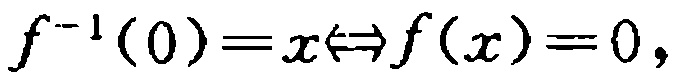
\(f^{-1}(0)=x\Leftrightarrow f(x)=0,\)